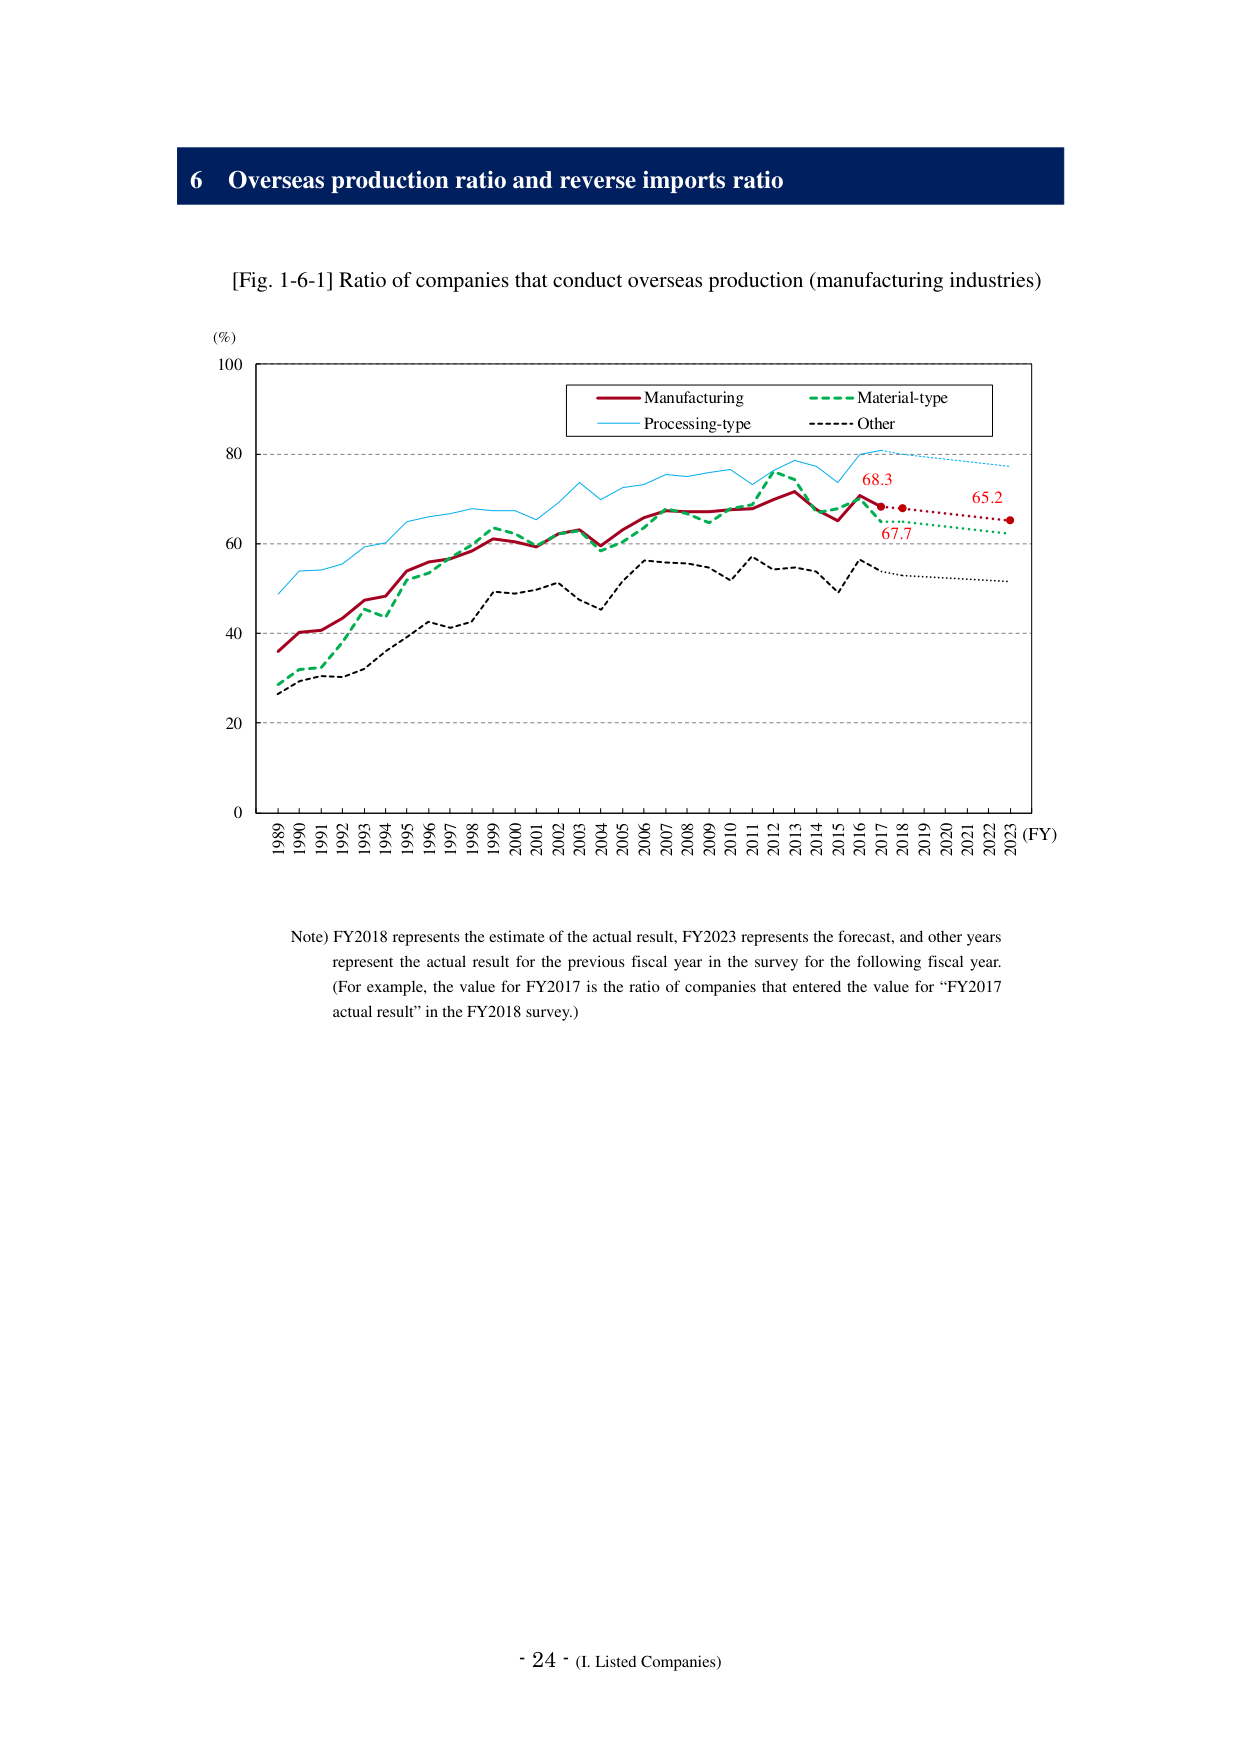
6 Overseas production ratio and reverse imports ratio

[Fig. 1-6-1] Ratio of companies that conduct overseas production (manufacturing industries)

(%)
100
80
60
40
20
0

1989 1990 1991 1992 1993 1994 1995 1996 1997 1998 1999 2000 2001 2002 2003 2004 2005 2006 2007 2008 2009 2010 2011 2012 2013 2014 2015 2016 2017 2018 2019 2020 2021 2022 2023 (FY)

Manufacturing
Material-type
Processing-type
Other

68.3
67.7
65.2

Note) FY2018 represents the estimate of the actual result, FY2023 represents the forecast, and other years represent the actual result for the previous fiscal year in the survey for the following fiscal year. (For example, the value for FY2017 is the ratio of companies that entered the value for “FY2017 actual result” in the FY2018 survey.)

- 24 - (I. Listed Companies)